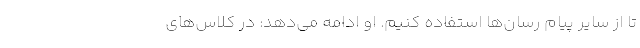
تا از سایر پیام رسان‌ها استفاده کنیم. او ادامه می‌دهد: در کلاس‌های